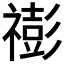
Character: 𥛻